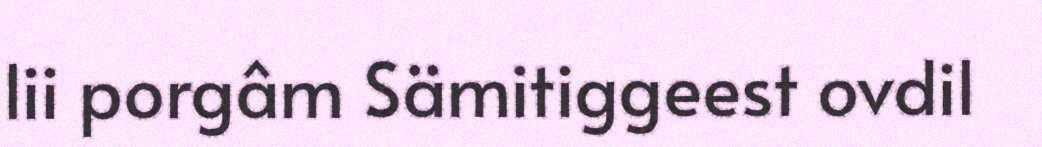
lii porgâm Sämitiggeest ovdil